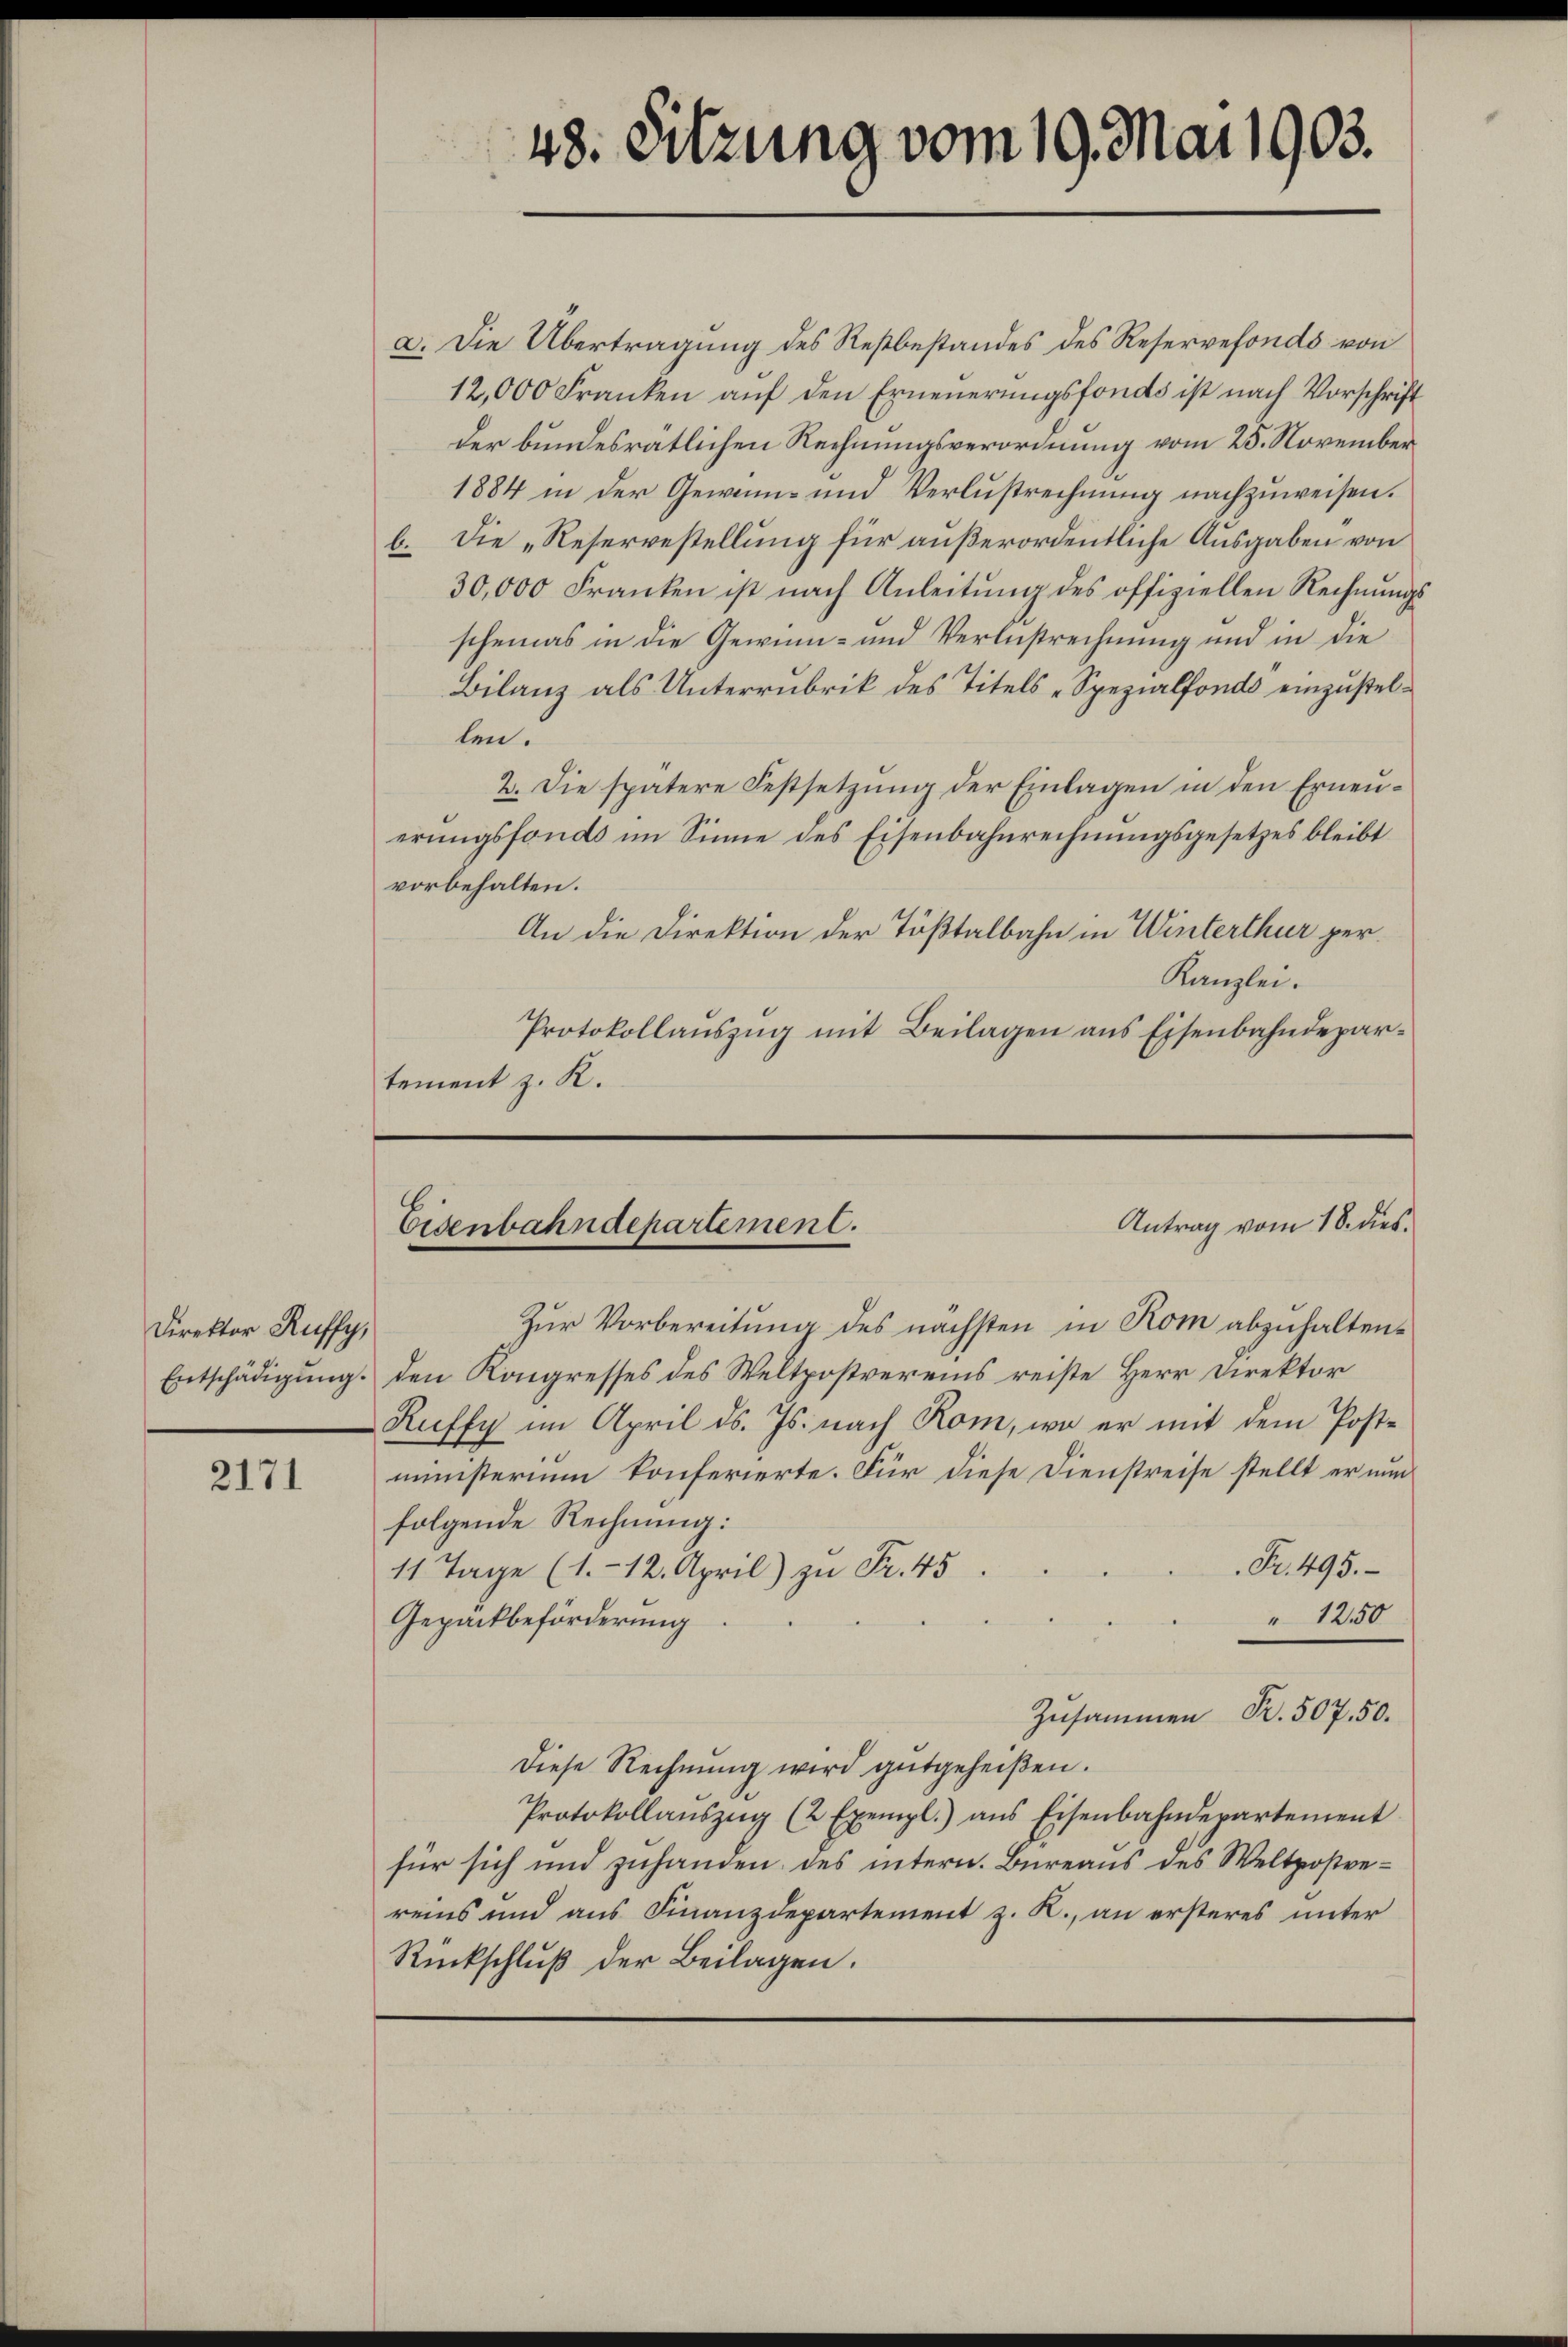
Direktor Ruffy,

2171

a. Die Übertragung des Restbestandes des Reservefonds von
12,000 Franken aŭf den Erneŭerŭngsfonds ist nach Vorschrift
der bundesrätlichen Rechnungsverordnung vom 25. November
1884 in der Gewinn- und Verlustrechnung nachzuweisen.
b. Die „Reservestellung für außerordentliche Ausgaben von
30,000 Franken ist nach Anleitŭng des offiziellen Rechnŭngs-
scheines in die Gewinn- und Verlustrechnung und in die
Bilanz als Unterrubrik des Titels-Spezialfonds einzustellen.
2. Die spätere Festsetzung der Einlagen in den Erneuerungsfonds im Sinne des Eisenbahnrechnungsgesetzes bleibt
vorbehalten.
An die Direktion der Tößtalbahn in Winterthur per¬
Kanzlei.
Protokollaŭszŭg mit Beilagen ans Eisenbahndepartement z. K.

48. Sitzung vom 19. Mai 1903.

Antrag vom 18. dies
Eisenbahndepartement.

Zur Vorbereitung des nächsten in Rom abzuhalten¬
Entschädigung. Den Kongresses des Weltpostvereins reiste Herr Direktor
Ruffy im April d. Js. nach Rom, wo er mit dem Postministerium konferierte. Für diese Dienstreise stellt er nun
folgende Rechnung:
Fr. 495.
11 Tage (1.-12. April) zu Fr. 45
" 1250
Gepäckbeförderung
Zusammen R. 507. 50.
diese Rechnŭng wird gutgeheißen.
Protokollaŭszŭg (2 Exempl.) ans Eisenbahndepartement
für sich und zuhanden des intern. Bureaus des Weltpostrereins und aus Finanzdepartement z. R., an ersteres unter
Rückschluß der Beilagen.